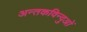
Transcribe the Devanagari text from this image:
अन्तकविन्दुओं